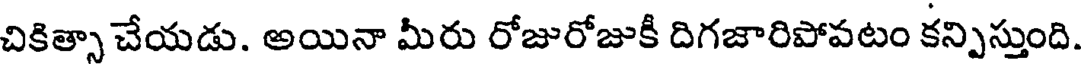
చికిత్సా చేయడు. అయినా మీరు రోజురోజుకీ దిగజారిపోవటం కన్పిస్తుంది.